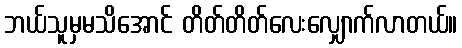
ဘယ်သူမှမသိအောင် တိတ်တိတ်လေးလျှောက်လာတယ်။